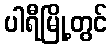
ပါရီမြို့တွင်